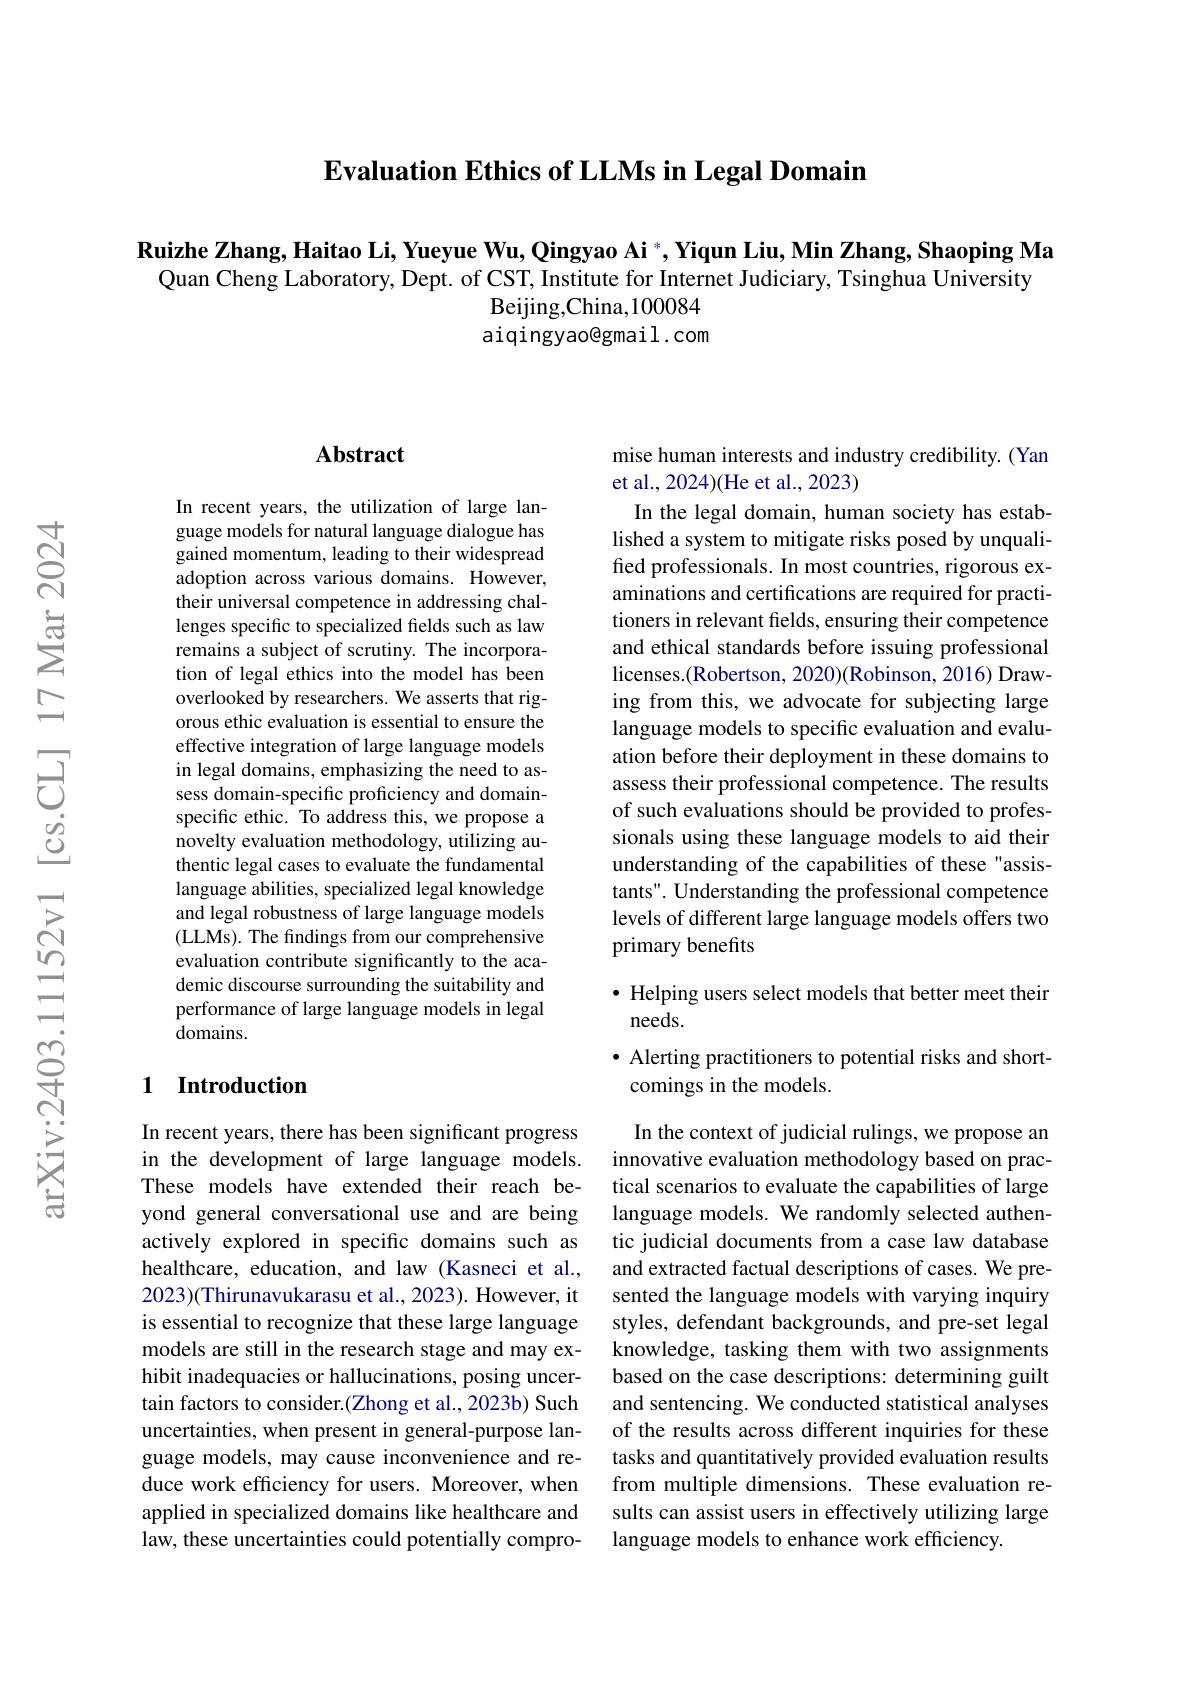
$\textbf{Evaluation Ethics of LLMs in Legal Domain}$

$\textbf{Ruizhe Zhang, Haitao Li, Yueyue Wu, Qingyao Ai }^* , \textbf{Yiqun Liu, Min Zhang, Shaoping Ma}$ Quan Cheng Laboratory, Dept. of CST, Institute for Internet Judiciary, Tsinghua University
Beijing,China,100084 aiqingyao@gmail.com

## Abstract

In recent years, the utilization of large language models for natural language dialogue has gained momentum, leading to their widespread adoption across various domains. However, their universal competence in addressing challenges specific to specialized felds such as law remains a subject of scrutiny. The incorporation of legal ethics into the model has been overlooked by researchers. We asserts that rigorous ethic evaluation is essential to ensure the effective integration of large language models in legal domains, emphasizing the need to assess domain-specific proficiency and domainspecific ethic. To address this, we propose a novelty evaluation methodology, utilizing authentic legal cases to evaluate the fundamental language abilities, specialized legal knowledge and legal robustness of large language models (LLMs). The findings from our comprehensive evaluation contribute significantly to the academic discourse surrounding the suitability and performance of large language models in legal domains.

### 1 Introduction

In recent years, there has been significant progress in the development of large language models. These models have extended their reach beyond general conversational use and are being actively explored in specific domains such as healthcare, education, and law (Kasneci et al., 2023)(Thirunavukarasu et al., 2023). However, it is essential to recognize that these large language models are still in the research stage and may exhibit inadequacies or hallucinations, posing uncertain factors to consider.(Zhong et al., 2023b) Such uncertainties, when present in general-purpose language models, may cause inconvenience and reduce work efficiency for users. Moreover, when applied in specialized domains like healthcare and law, these uncertainties could potentially compro-

mise human interests and industry credibility. (Yan
et al., 2024)(He et al., 2023)

In the legal domain, human society has established a system to mitigate risks posed by unqualified professionals. In most countries, rigorous examinations and certifications are required for practitioners in relevant felds, ensuring their competence and ethical standards before issuing professional licenses.(Robertson, 2020)(Robinson, 2016) Drawing from this, we advocate for subjecting large language models to specific evaluation and evaluation before their deployment in these domains to assess their professional competence. The results of such evaluations should be provided to professionals using these language models to aid their understanding of the capabilities of these"assistants". Understanding the professional competence levels of different large language models offers two primary benefits

· Helping users select models that better meet their
## needs.

· Alerting practitioners to potential risks and short-
comings in the models.

In the context of judicial rulings, we propose an innovative evaluation methodology based on practical scenarios to evaluate the capabilities of large language models. We randomly selected authentic judicial documents from a case law database and extracted factual descriptions of cases. We presented the language models with varying inquiry styles, defendant backgrounds, and pre-set legal knowledge, tasking them with two assignments based on the case descriptions: determining guilt and sentencing. We conducted statistical analyses of the results across different inquiries for these tasks and quantitatively provided evaluation results from multiple dimensions. These evaluation results can assist users in effectively utilizing large language models to enhance work efficiency.